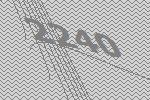
2240